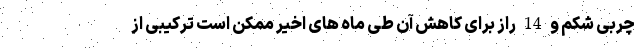
چربی شکم و 14 راز برای کاهش آن طی ماه های اخیر ممکن است ترکیبی از